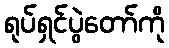
ရုပ်ရှင်ပွဲတော်ကို